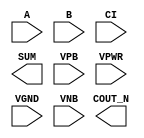
/**
 * Copyright 2020 The SkyWater PDK Authors
 *
 * Licensed under the Apache License, Version 2.0 (the "License");
 * you may not use this file except in compliance with the License.
 * You may obtain a copy of the License at
 *
 *     https://www.apache.org/licenses/LICENSE-2.0
 *
 * Unless required by applicable law or agreed to in writing, software
 * distributed under the License is distributed on an "AS IS" BASIS,
 * WITHOUT WARRANTIES OR CONDITIONS OF ANY KIND, either express or implied.
 * See the License for the specific language governing permissions and
 * limitations under the License.
 *
 * SPDX-License-Identifier: Apache-2.0
 */

`ifndef SKY130_FD_SC_HD__FAHCON_PP_SYMBOL_V
`define SKY130_FD_SC_HD__FAHCON_PP_SYMBOL_V

/**
 * fahcon: Full adder, inverted carry in, inverted carry out.
 *
 * Verilog stub (with power pins) for graphical symbol definition
 * generation.
 *
 * WARNING: This file is autogenerated, do not modify directly!
 */

`timescale 1ns / 1ps
`default_nettype none

(* blackbox *)
module sky130_fd_sc_hd__fahcon (
    //# {{data|Data Signals}}
    input  A     ,
    input  B     ,
    input  CI    ,
    output COUT_N,
    output SUM   ,

    //# {{power|Power}}
    input  VPB   ,
    input  VPWR  ,
    input  VGND  ,
    input  VNB
);
endmodule

`default_nettype wire
`endif  // SKY130_FD_SC_HD__FAHCON_PP_SYMBOL_V